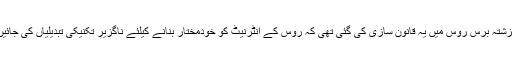
گزشتہ برس روس میں یہ قانون سازی کی گئی تھی کہ روس کے انٹرنیٹ کو خودمختار بنانے کیلئے ناگزیر تکنیکی تبدیلیاں کی جائیں۔